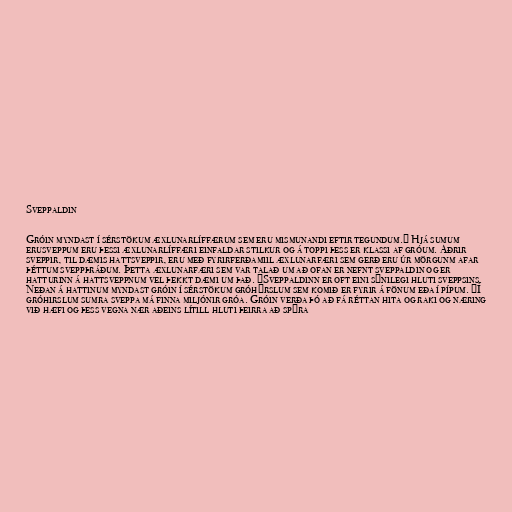
Sveppaldin

Gróin myndast í sérstökum æxlunarlíffærum sem eru mismunandi eftir tegundum. Hjá sumum
erusveppum eru þessi æxlunarlíffæri einfaldar stilkur og á toppi þess er klassi af gróum. Aðrir
sveppir, til dæmis hattsveppir, eru með fyrirferðamiil æxlunarfæri sem gerð eru úr mörgunm afar
þéttum sveppþráðum. Þetta æxlunarfæri sem var talað um að ofan er nefnt sveppaldin og er
hatturinn á hattsveppnum vel þekkt dæmi um það. Sveppaldinn er oft eini sýnilegi hluti sveppsins.
Neðan á hattinum myndast gróin í sérstökum gróhýrslum sem komið er fyrir á fönum eða í pípum. Í
gróhirslum sumra sveppa má finna miljónir gróa. Gróin verða þó að fá réttan hita og raki og næring
við hæfi og þess vegna nær aðeins lítill hluti þeirra að spýra